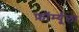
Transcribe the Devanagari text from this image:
फ़ॉर्म्यूला